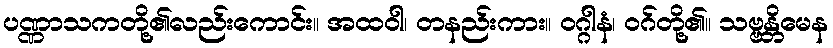
ပဏ္ဏာသကတို့၏လည်းကောင်း။ အထဝါ၊ တနည်းကား။ ဝဂ္ဂါနံ၊ ဝဂ်တို့၏။ သဗ္ဗန္တိမေန